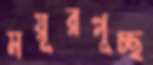
ময়ূরপুচ্ছ